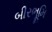
બીરભૂમિ